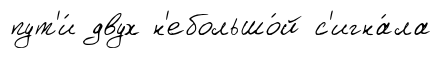
пут'и́ двух н'ебольшо́й с'игна́ла